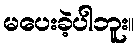
မပေးခဲ့ပါဘူး။